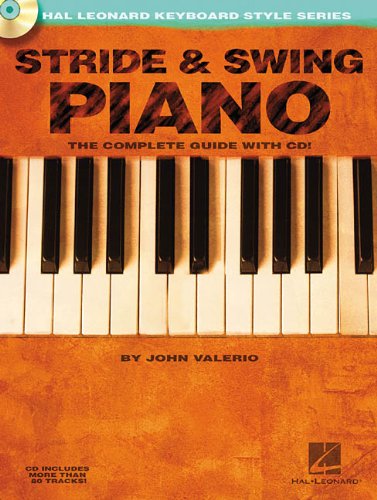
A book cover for Stride & Swing Piano: Hal Leonard Keyboard Style Series; John Valerio; Arts & Photography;